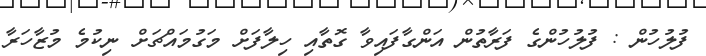
ފުލުހުން : ފުލުހުންގެ ފަރާތުން އަންގާފައިވާ ގޮތާއި ހިލާފަށް މަގުމައްޗަށް ނިކުމެ މުޒާހަރާ